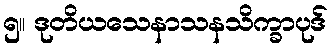
၅။ ဒုတိယသေနာသနသိက္ခာပုဒ်